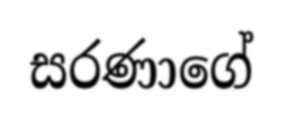
සරණාගේ